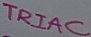
Text: TRIAC